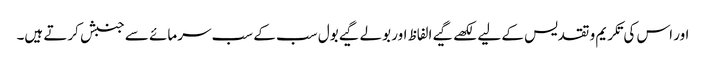
اور اس کی تکریم و تقدیس کے لیے لکھے گیے الفاظ اور بولے گیے بول سب کے سب سرمائے سے جنبش کرتے ہیں۔